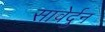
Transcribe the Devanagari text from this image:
सावेर्दुन